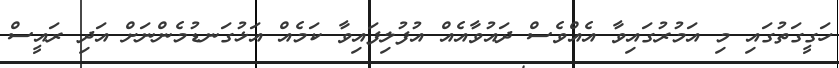
ހަގީގަތުގައި މި އަމުރުގައިވާ އެއްވެސް ދައުވާއެއް އުފުލިފައިވާ ކަމެއް އަޅުގަނޑުމެންނަށް އަދި ރައީސް